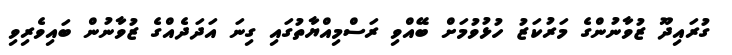
ގުރައިދޫ ޒުވާނުންގެ މަރުކަޒު ހުޅުވުމަށް ބޭއްވި ރަސްމިއްޔާތުގައި ގިނަ އަދަދެއްގެ ޒުވާނުން ބައިވެރިވި